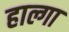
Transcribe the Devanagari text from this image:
हाल्गा